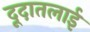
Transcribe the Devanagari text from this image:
दूदातलाई